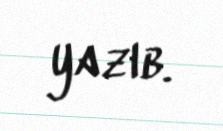
yazıb.